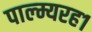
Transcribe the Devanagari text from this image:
पाल्म्यरह१